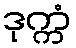
ဒုက္ကံ